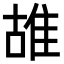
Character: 䧸